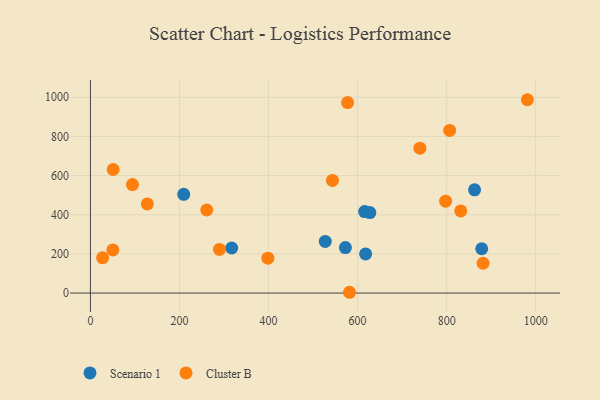
{"axis": {"x": "Investment", "y": "Profit"}, "legend": ["Cluster B", "Scenario 1"], "data": [{"x": "527.4", "y": 263.7, "type": "Scenario 1"}, {"x": "317.3", "y": 230.2, "type": "Scenario 1"}, {"x": "878.8", "y": 226.3, "type": "Scenario 1"}, {"x": "572.6", "y": 232.5, "type": "Scenario 1"}, {"x": "615.8", "y": 415.9, "type": "Scenario 1"}, {"x": "862.7", "y": 527.1, "type": "Scenario 1"}, {"x": "618.0", "y": 199.8, "type": "Scenario 1"}, {"x": "209.5", "y": 504.3, "type": "Scenario 1"}, {"x": "627.5", "y": 410.8, "type": "Scenario 1"}, {"x": "50.4", "y": 220.4, "type": "Cluster B"}, {"x": "881.8", "y": 152.2, "type": "Cluster B"}, {"x": "27.4", "y": 180.4, "type": "Cluster B"}, {"x": "739.9", "y": 739.7, "type": "Cluster B"}, {"x": "289.8", "y": 222.9, "type": "Cluster B"}, {"x": "398.5", "y": 178.3, "type": "Cluster B"}, {"x": "127.8", "y": 455.0, "type": "Cluster B"}, {"x": "831.7", "y": 419.7, "type": "Cluster B"}, {"x": "94.4", "y": 554.2, "type": "Cluster B"}, {"x": "543.5", "y": 575.2, "type": "Cluster B"}, {"x": "981.3", "y": 987.4, "type": "Cluster B"}, {"x": "51.1", "y": 631.1, "type": "Cluster B"}, {"x": "261.2", "y": 424.8, "type": "Cluster B"}, {"x": "806.8", "y": 830.8, "type": "Cluster B"}, {"x": "577.6", "y": 972.6, "type": "Cluster B"}, {"x": "797.7", "y": 469.1, "type": "Cluster B"}, {"x": "581.8", "y": 4.0, "type": "Cluster B"}]}